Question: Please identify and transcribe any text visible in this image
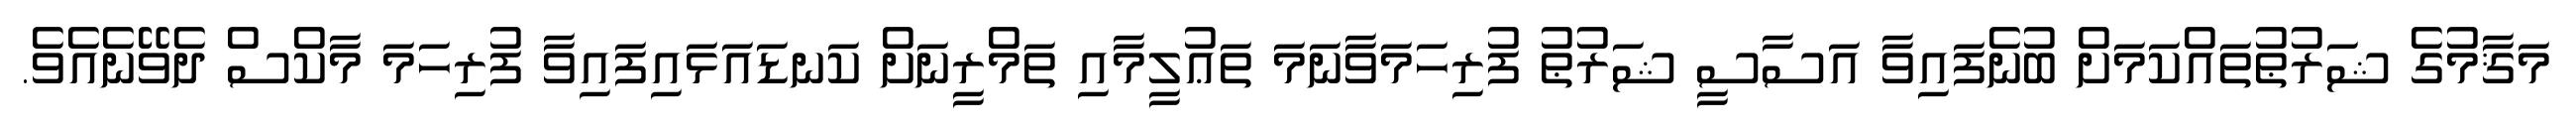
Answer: މަޤާމުގެ ޝަރުޠުތައްކަމަށް ބުނެފައިވާ އަސާސީ ޝަރުޠު ފުރިހަމަވާނަމަ ތަޢުލީމާއި ތަމްރީނަށް ކަނޑައަޅައިފައިވާ ފުރިހަމަ މާކްސް ދެވޭނެއެވެ.